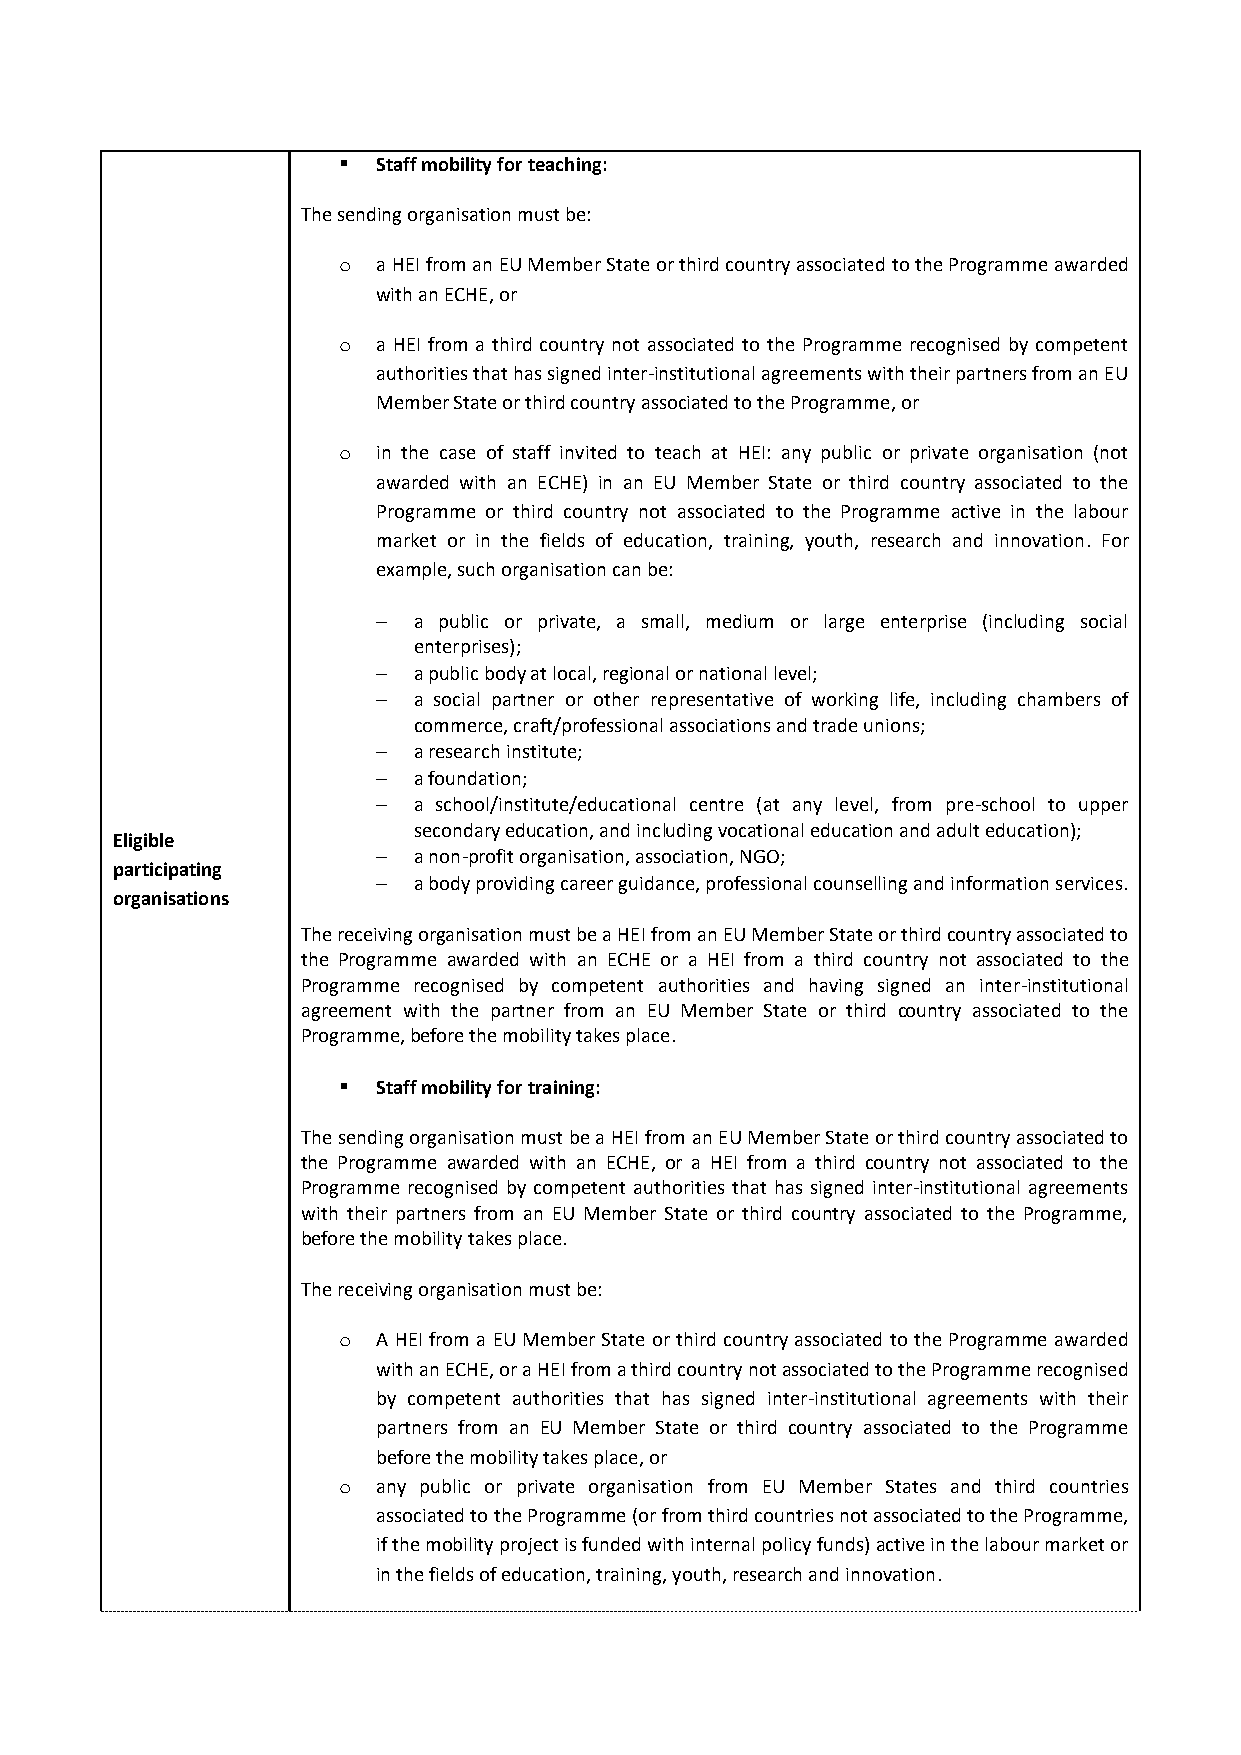
  Staff mobility for teaching:
 The sending organisation must be:
 o  a HEI from an EU Member State or third country associated to the Programme awarded
 with an ECHE, or
 o  a HEI from a third country not associated to the Programme recognised by competent
 authorities that has signed inter-institutional agreements with their partners from an EU
 Member State or third country associated to the Programme, or
 o  in the case of staff invited to teach at HEI: any public or private organisation (not
 awarded with an ECHE) in an EU Member State or third country associated to the
 Programme or third country not associated to the Programme active in the labour
 market or in the fields of education, training, youth, research and innovation. For
 example, such organisation can be:
  a public or private, a small, medium or large enterprise (including social
 enterprises);
  a public body at local, regional or national level;
  a social partner or other representative of working life, including chambers of
 commerce, craft/professional associations and trade unions;
  a research institute;
  a foundation;
  a school/institute/educational centre (at any level, from pre-school to upper
 secondary education, and including vocational education and adult education);
 Eligible
  a non-profit organisation, association, NGO;
 participating
  a body providing career guidance, professional counselling and information services.
 organisations
 The receiving organisation must be a HEI from an EU Member State or third country associated to
 the Programme awarded with an ECHE or a HEI from a third country not associated to the
 Programme recognised by competent authorities and having signed an inter-institutional
 agreement with the partner from an EU Member State or third country associated to the
 Programme, before the mobility takes place.
   Staff mobility for training:
 The sending organisation must be a HEI from an EU Member State or third country associated to
 the Programme awarded with an ECHE, or a HEI from a third country not associated to the
 Programme recognised by competent authorities that has signed inter-institutional agreements
 with their partners from an EU Member State or third country associated to the Programme,
 before the mobility takes place.
 The receiving organisation must be:
 o  A HEI from a EU Member State or third country associated to the Programme awarded
 with an ECHE, or a HEI from a third country not associated to the Programme recognised
 by competent authorities that has signed inter-institutional agreements with their
 partners from an EU Member State or third country associated to the Programme
 before the mobility takes place, or
 o  any public or private organisation from EU Member States and third countries
 associated to the Programme (or from third countries not associated to the Programme,
 if the mobility project is funded with internal policy funds) active in the labour market or
 in the fields of education, training, youth, research and innovation.